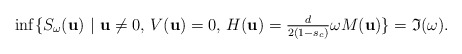
\begin{align*}\inf \{ S_\omega ({\bf u}) \ |\ {\bf u}\neq0, \, V({\bf u}) = 0,\, H({\bf u}) = \tfrac{d}{2(1-s_c)}\omega M({\bf u})\}= \mathfrak{I}(\omega).\end{align*}